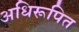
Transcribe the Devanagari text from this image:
अधिरूपित